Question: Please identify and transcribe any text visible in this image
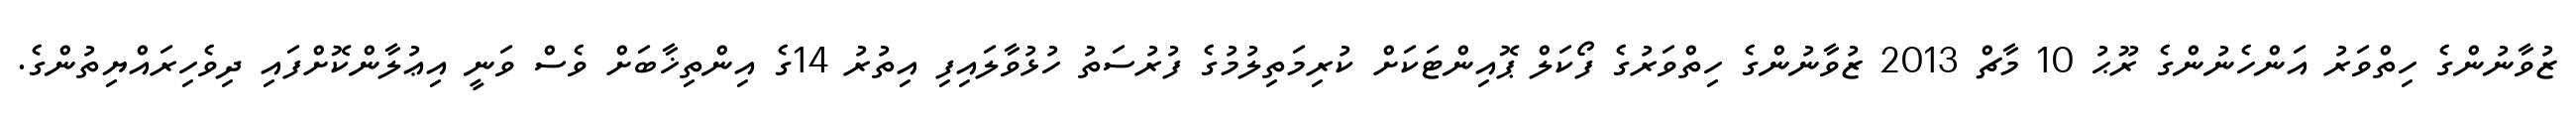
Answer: ޒުވާނުންގެ ހިތްވަރު އަންހެނުންގެ ރޫޙު 10 މާޗް 2013 ޒުވާނުންގެ ހިތްވަރުގެ ފޯކަލް ޕޮއިންޓަކަށް ކުރިމަތިލުމުގެ ފުރުސަތު ހުޅުވާލައިފި އިތުރު 14ގެ އިންތިޚާބަށް ވެސް ވަނީ އިޢުލާންކޮށްފައި ދިވެހިރައްޔިތުންގެ.